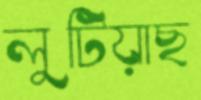
লুটিয়াছ